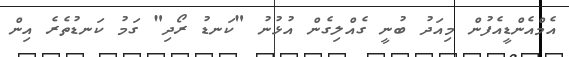
އެމްއެންޑީއެފުން މިއަދު ބުނީ ގެއްލިގެން އުޅުނު "ކަނޑު ރޯދި" ގަމު ކަނޑުތެރެ އިން